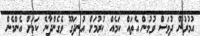
އުމުރުން ދުވަސް ވުމުން އެތައް ކަމެއް ކުރުމަށް އުނދަގޫ ވެގެންދާނެ ކަމަށް އެންމެން